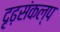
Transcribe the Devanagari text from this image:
दृढ़संकल्प